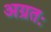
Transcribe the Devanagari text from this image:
अग्रतः